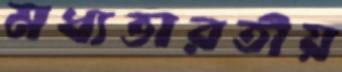
মধ্যভারতীয়